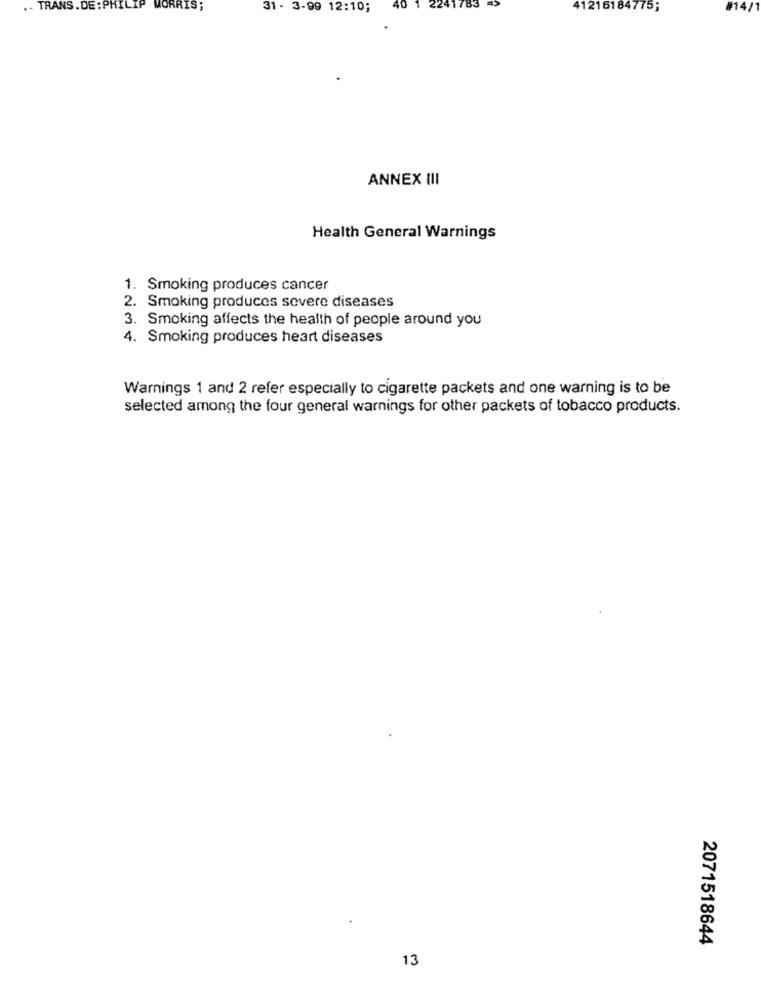
.. TRANS. DE : PHILIP MORRIS;
31 - 3-99 12:10;
40
83
41216184775;
#14/
ANNEX III
Health General Warnings
1. Smoking produces cancer
2. Smoking produces severe diseases
3. Smoking affects the health of people around you
4. Smoking produces heart diseases
Warnings 1 and 2 refer especially to cigarette packets and one warning is to be
selected among the four general warnings for other packets of tobacco products.
2071518644
13